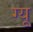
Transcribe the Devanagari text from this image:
ग्यू